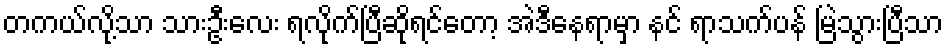
တကယ်လို့သာ သားဦးလေး ရလိုက်ပြီဆိုရင်တော့ အဲဒီနေရာမှာ နင် ရာသက်ပန် မြဲသွားပြီသာ